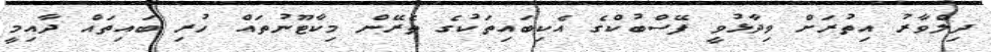
ދިލްވާރު އިތުރަށް ވިދާޅުވީ ފޭސްބުކްގެ އެކިބައިތަކުގެ ތެރޭން މިކާޓޫނުތައް ހުރި ބައިތައް ދާއިމީ